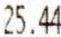
25.44